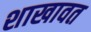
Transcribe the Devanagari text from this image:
शाखावत